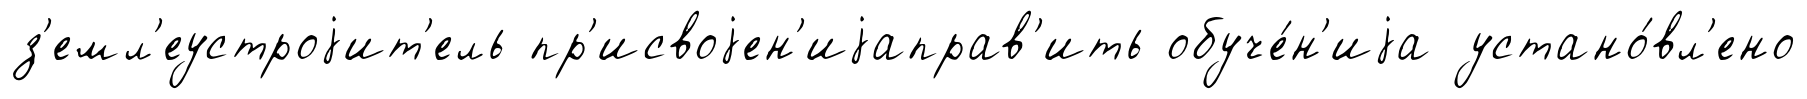
з'емл'еустроjит'ель пр'исвоjен'иjаправ'ить обуче́н'иjа устано́вл'ено